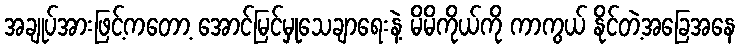
အချုပ်အားဖြင့်ကတော့ အောင်မြင်မှုသေချာရေးနဲ့ မိမိကိုယ်ကို ကာကွယ် နိုင်တဲ့အခြေအနေ